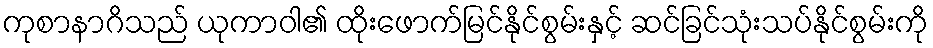
ကုစာနာဂိသည် ယုကာဝါ၏ ထိုးဖောက်မြင်နိုင်စွမ်းနှင့် ဆင်ခြင်သုံးသပ်နိုင်စွမ်းကို